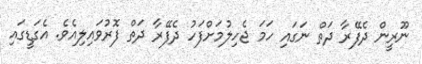
ނޫރީން ދެފޭރާ ދަތް ނަގައި ހަމަ ޖެހިލުމަށްފަހު ދެފޭރާ ދަތް ފޮރުވައިލިއެވެ. އެގަޑީގައި